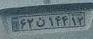
۶۲ن۱۴۴۱۲